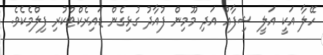
ހޭލާ އަކީ އަލީ ޝިފާއު އަދި މޫމިން ފުއާދު ގުޅިގެން ޑައިރެކްޓްކުރި ފިލްމެކެވެ.